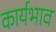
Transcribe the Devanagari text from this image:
कार्यभाव